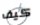
كيف